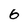
Character: 8